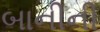
બાનીની